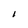
Character: I